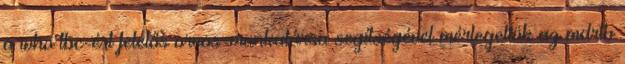
a who tbc-ért felelős orvos-munkatársa segítségével mérlegeltük az mdrtb